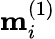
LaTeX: \mathbf{m}_{i}^{(1)}